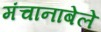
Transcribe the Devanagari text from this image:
मंचानाबेले